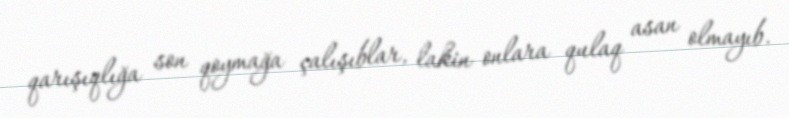
qarışıqlığa son qoymağa çalışıblar, lakin onlara qulaq asan olmayıb.